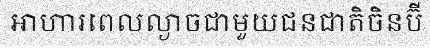
អាហារពេលល្ងាចជាមួយជនជាតិចិនប៊ី